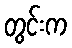
တွင်းက